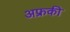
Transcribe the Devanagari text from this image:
अफ्रकी